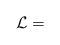
LaTeX: \begin{align*}{\cal L}=\end{align*}